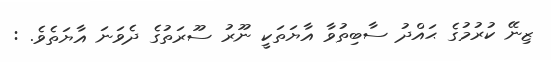
ޒިނޭ ކުރުމުގެ ޙައްދު ސާބިތުވާ އާޔަތަކީ ނޫރު ސޫރަތުގެ ދެވަނަ އާޔަތެވެ. :